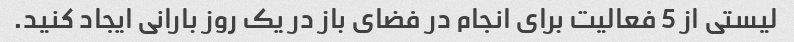
لیستی از 5 فعالیت برای انجام در فضای باز در یک روز بارانی ایجاد کنید.